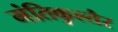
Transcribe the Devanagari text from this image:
मंतिकुल्तैर